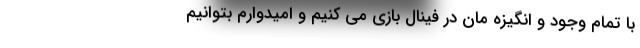
با تمام وجود و انگیزه مان در فینال بازی می کنیم و امیدوارم بتوانیم